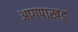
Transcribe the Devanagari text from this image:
आगपाखड